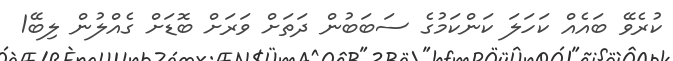
ކުރެވޭ ބައެއް ކަހަަލަ ކަންކަމުގެ ސަބަބުން ދަތަށް ވަރަށް ބޮޑަށް ގެއްލުން ލިބޭ1